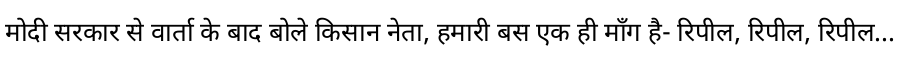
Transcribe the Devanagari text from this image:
मोदी सरकार से वार्ता के बाद बोले किसान नेता, हमारी बस एक ही माँग है- रिपील, रिपील, रिपील...